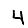
Digit: 4